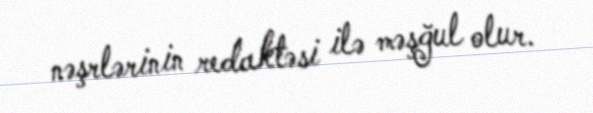
nəşrlərinin redaktəsi ilə məşğul olur.